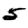
Digit: 5